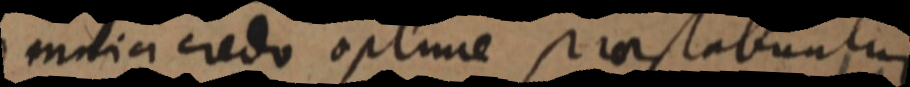
maia credo optime prastabuntur